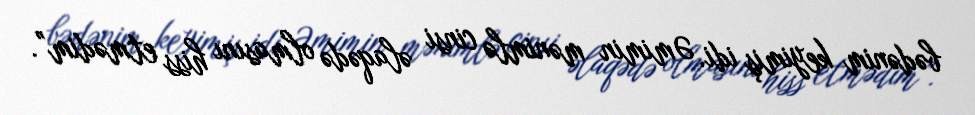
bədənim keyimiş idi. Əmimin mənimlə cinsi əlaqədə olmasını hiss etmədim”.